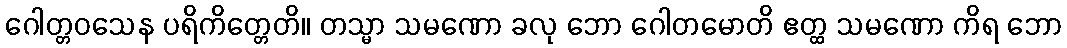
ဂေါတ္တဝသေန ပရိကိတ္တေတိ။ တသ္မာ သမဏော ခလု ဘော ဂေါတမောတိ ဧတ္ထ သမဏော ကိရ ဘော